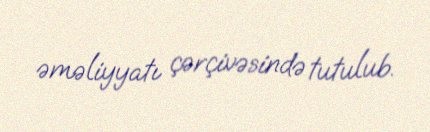
əməliyyatı çərçivəsində tutulub.